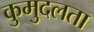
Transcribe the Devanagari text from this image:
कुमुदलता